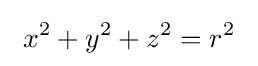
\ x^{2}+y^{2}+z^{2}=r^{2}\